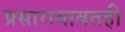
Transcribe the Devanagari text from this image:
प्रसाराबाबतही